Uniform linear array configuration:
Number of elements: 8
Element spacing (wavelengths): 1
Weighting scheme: uniform
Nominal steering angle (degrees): -60
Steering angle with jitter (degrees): -59.383
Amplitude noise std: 0.05
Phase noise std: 0.05

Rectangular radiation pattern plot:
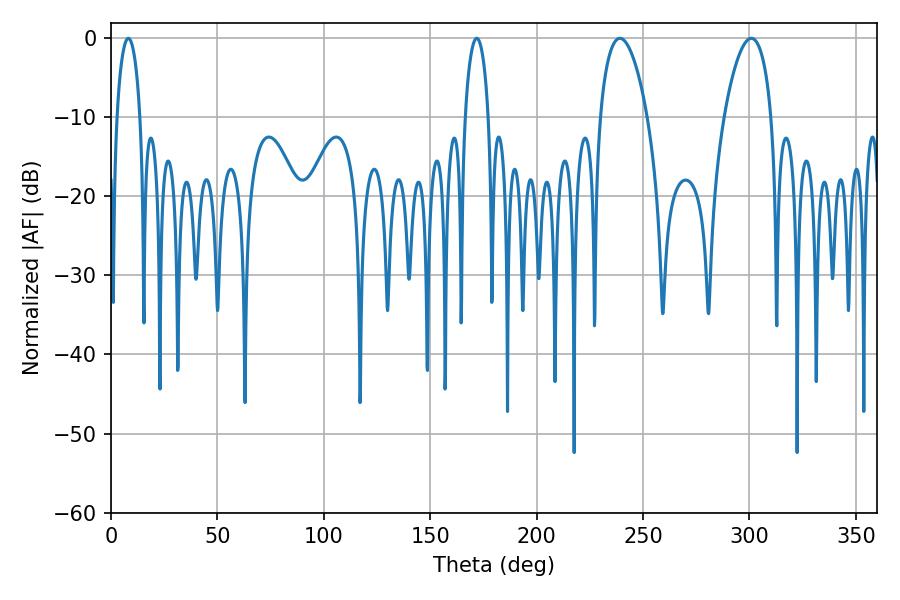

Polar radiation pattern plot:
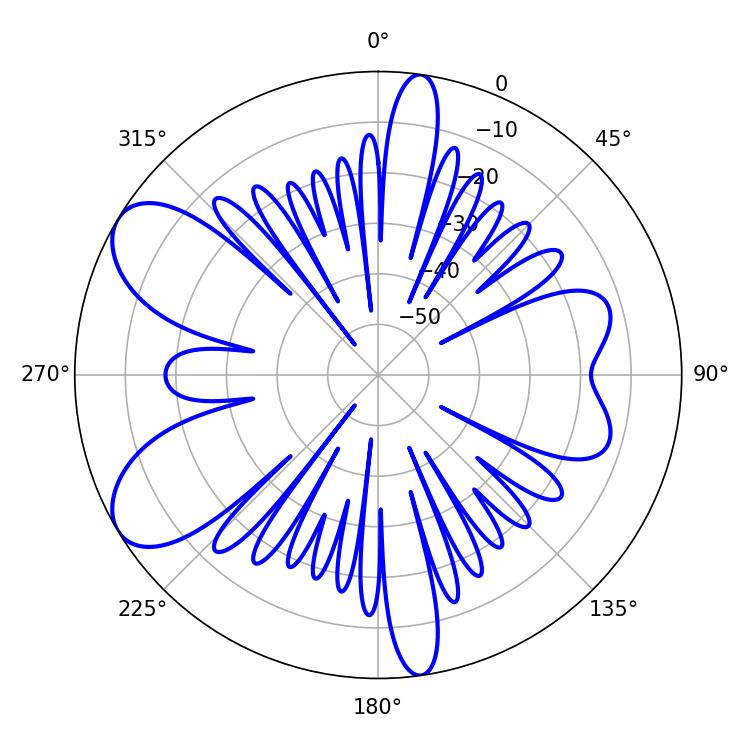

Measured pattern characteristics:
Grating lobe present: TRUE
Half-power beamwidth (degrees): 6.3
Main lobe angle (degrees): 8.1